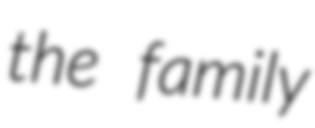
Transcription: the family